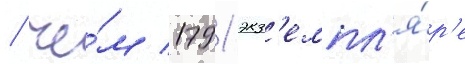
/ че́м 1791 экз'емпл'я́р'е